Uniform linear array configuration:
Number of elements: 12
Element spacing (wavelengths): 1
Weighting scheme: exponential
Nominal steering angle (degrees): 30
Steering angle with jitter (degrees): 31.075
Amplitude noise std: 0.05
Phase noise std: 0.05

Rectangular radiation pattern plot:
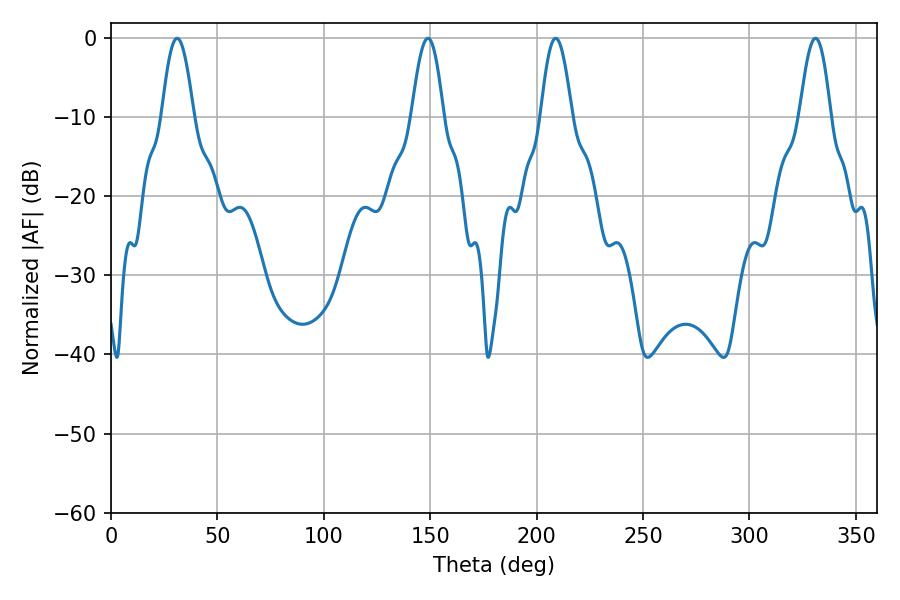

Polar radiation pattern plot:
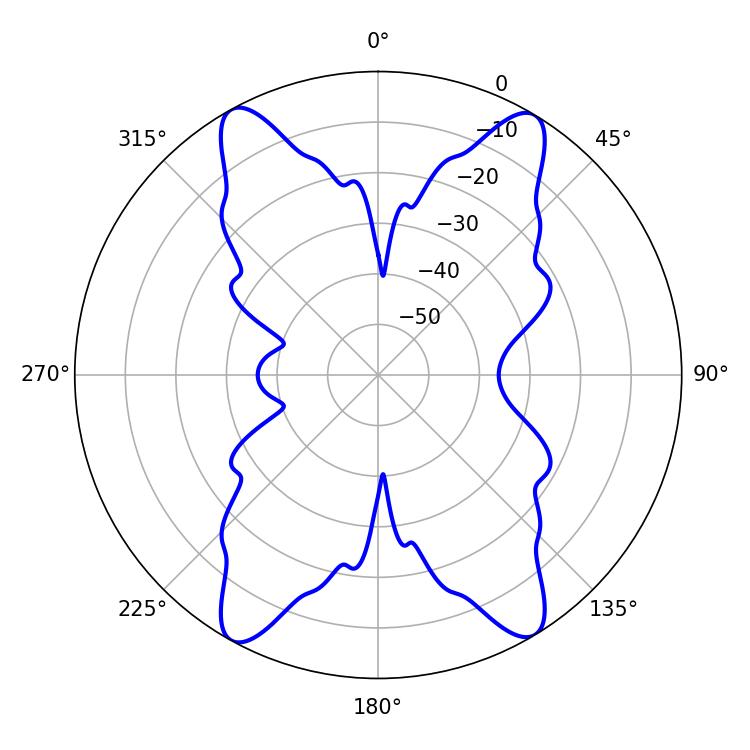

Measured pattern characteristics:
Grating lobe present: TRUE
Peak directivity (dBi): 21.027
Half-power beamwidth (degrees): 7.92
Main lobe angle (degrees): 208.98